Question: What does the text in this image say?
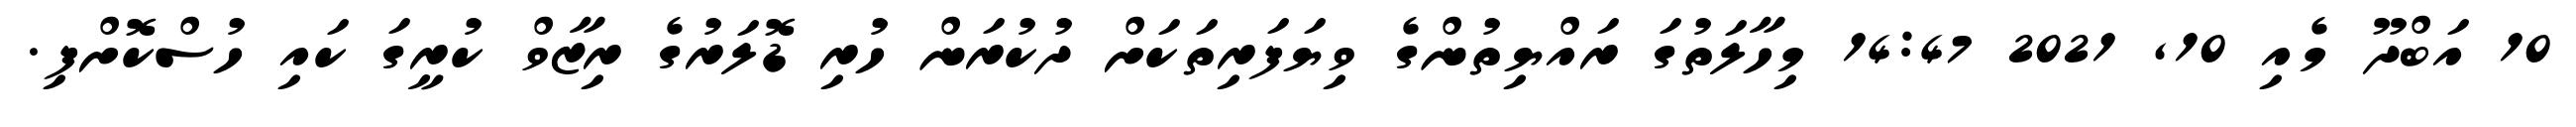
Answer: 10 އަބްދޫ މެއި 10, 2021 14:47 މިހާލަތުގަ ރައްޔިތުންގެ ވިޔަފަރިތަކަށް ދުކުރަން ހުރި ޑޮލަރުގެ ރިޒާވް ކުރީގަ ކައި ހުސްކޮށްފި.